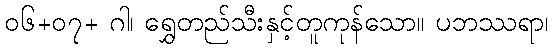
၀၆+၀၇+ ဂါ၊ ရွှေတည်သီးနှင့်တူကုန်သော။ ပဘဿရာ၊